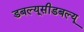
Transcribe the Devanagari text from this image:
डबल्यूसीडबल्यू